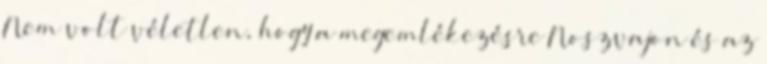
Nem volt véletlen, hogy a megemlékezésre Noszvajon és az